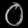
Digit: ၀